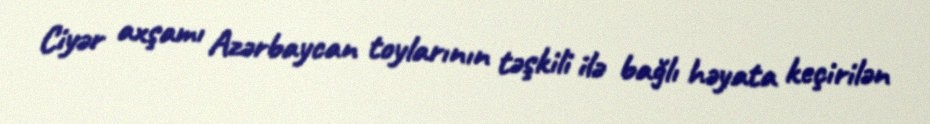
Ciyər axşamı Azərbaycan toylarının təşkili ilə bağlı həyata keçirilən